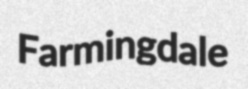
Farmingdale